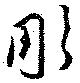
彫